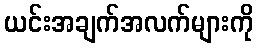
ယင်းအချက်အလက်များကို